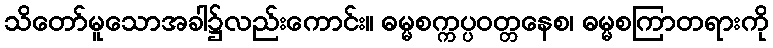
သိတော်မူသောအခါ၌လည်းကောင်း။ ဓမ္မစက္ကပ္ပဝတ္တနေစ၊ ဓမ္မစကြာတရားကို